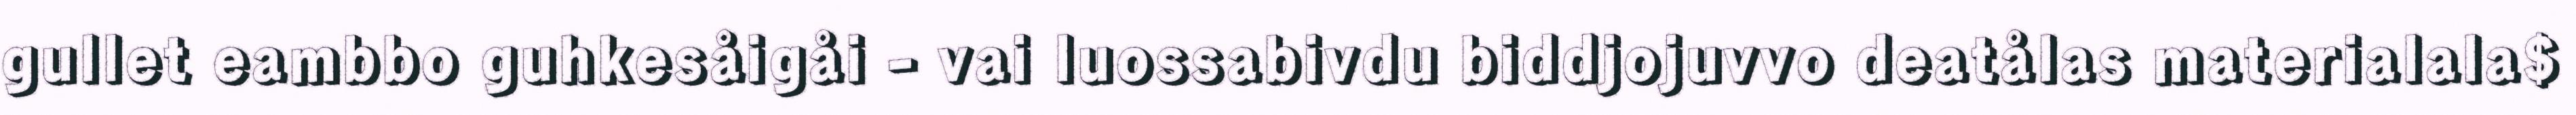
gullet eambbo guhkesåigåi - vai luossabivdu biddjojuvvo deatålas materialala$